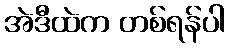
အဲဒီထဲက တစ်ရန်ပါ